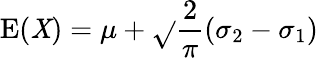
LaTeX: \operatorname{E}(\mathit{X})=\mu+{\sqrt{}{{\frac{{2}}{{\pi}}}}}(\sigma_{2}-\sigma_{1})